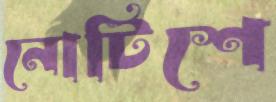
নোটিশে